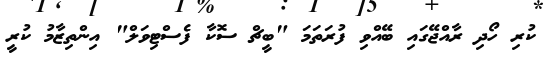
ކުރި ހޯދި ރާއްޖޭގައި ބޭއްވި ފުރަތަމަ "ބީޗް ސޮކާ ފެސްޓިވަލް" އިންތިޒާމު ކުރީ